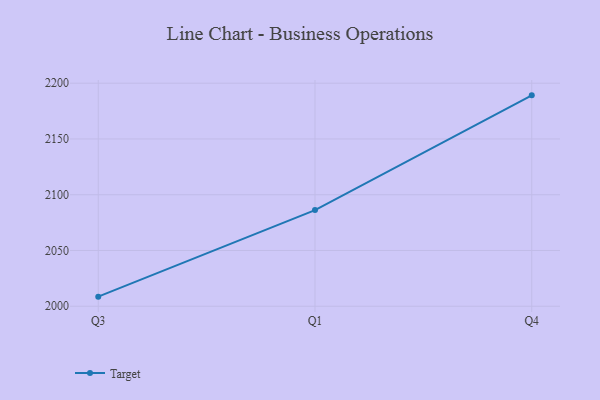
{"axis": {"x": "Quarter", "y": "Market Share (%)"}, "legend": ["Target"], "data": [{"x": "Q3", "y": 2008.6, "type": "Target"}, {"x": "Q1", "y": 2086.2, "type": "Target"}, {"x": "Q4", "y": 2189.1, "type": "Target"}]}